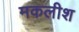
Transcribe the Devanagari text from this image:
मकलीश